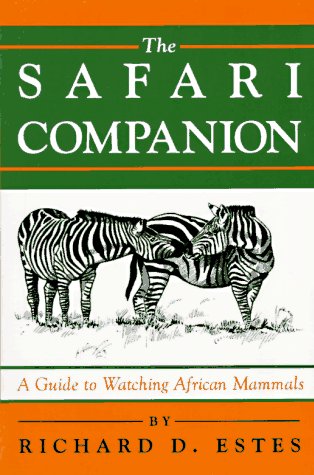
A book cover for The Safari Companion: A Guide to Watching African Mammals; Richard D. Estes; Sports & Outdoors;